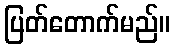
ပြတ်တောက်မည်။